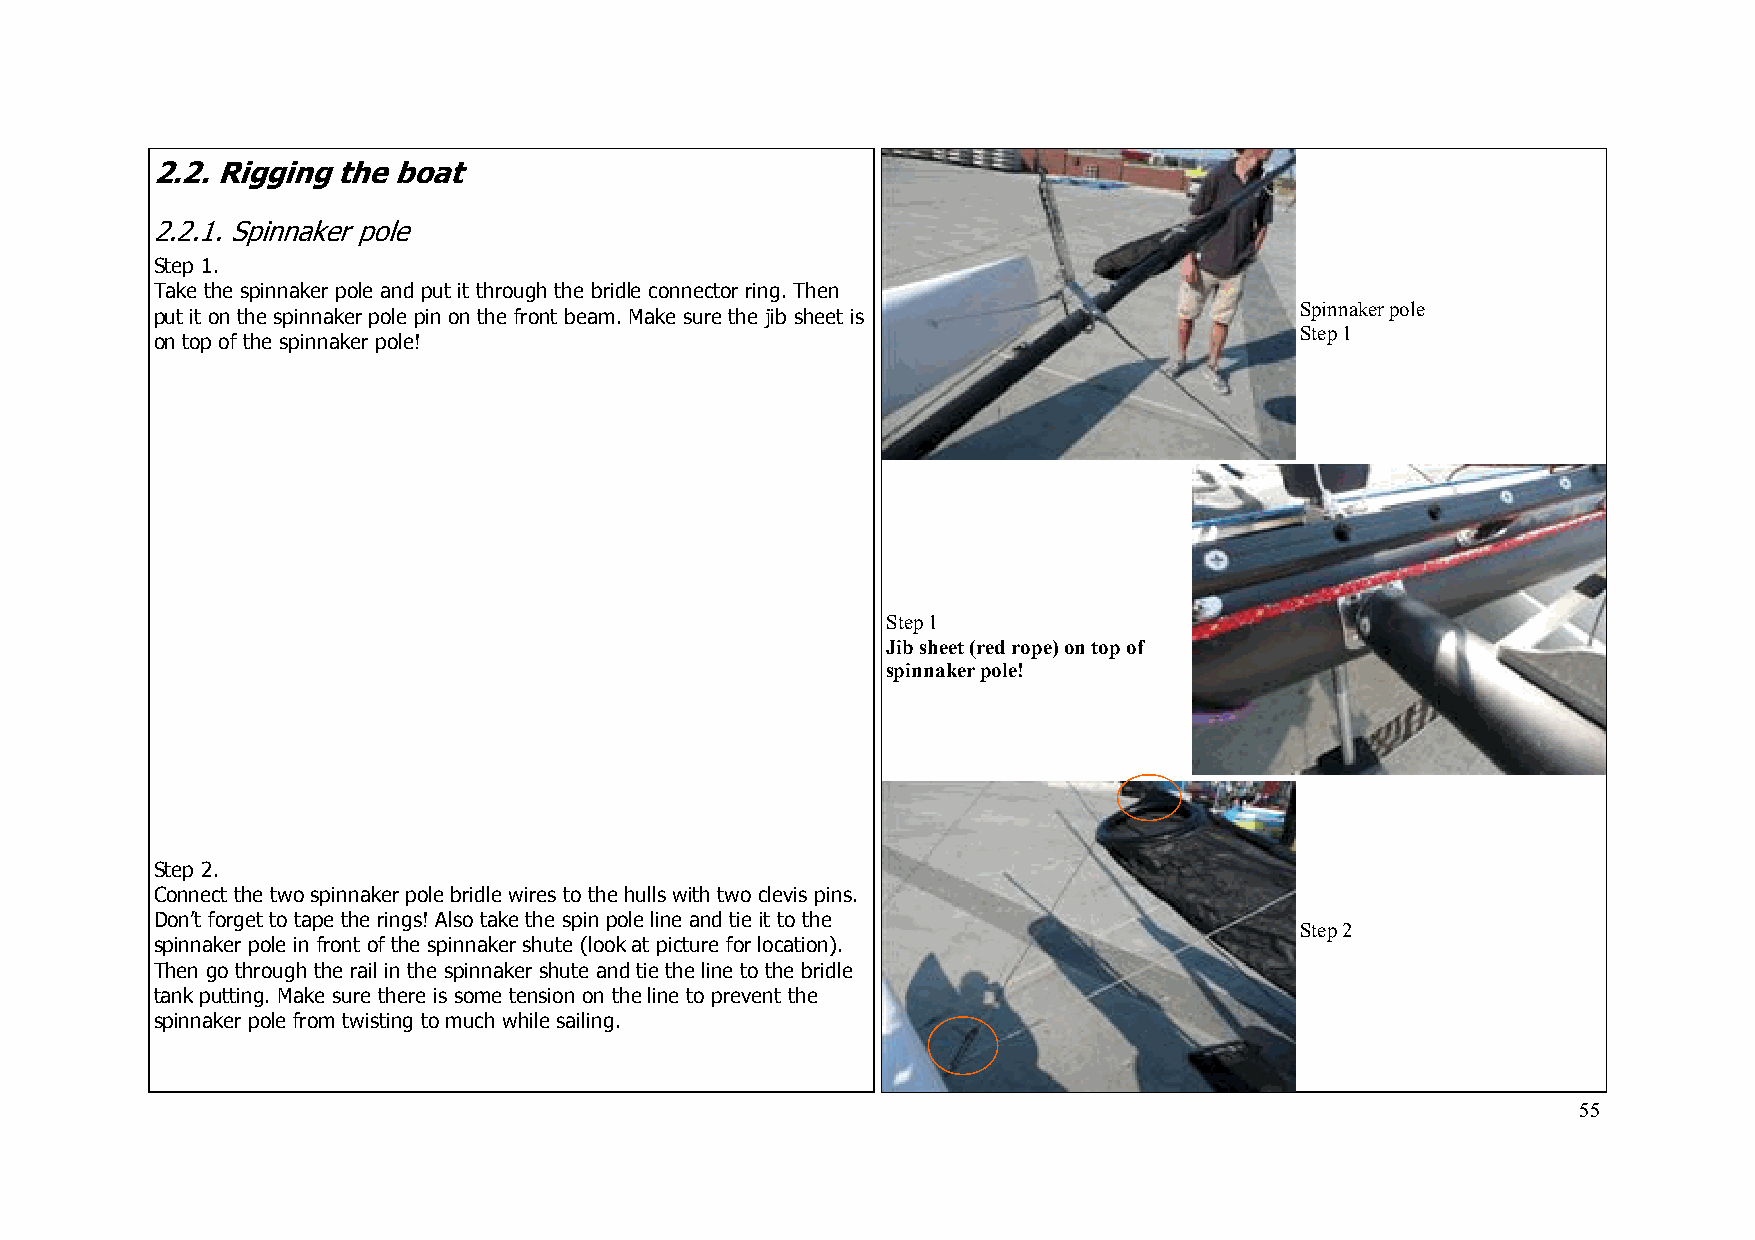
2 .2. Rigging the boat
 2.2.1. Spinnaker pole
 Step 1.
 Take the spinnaker pole and put it through the bridle connector ring. Then
 Spinnaker pole
 put it on the spinnaker pole pin on the front beam. Make sure the jib sheet is
 Step 1
 on top of the spinnaker pole!
 Step 1
 Jib sheet (red rope) on top of
 spinnaker pole!
 Step 2.
 Connect the two spinnaker pole bridle wires to the hulls with two clevis pins.
 Don’t forget to tape the rings! Also take the spin pole line and tie it to the
 Step 2
 spinnaker pole in front of the spinnaker shute (look at picture for location).
 Then go through the rail in the spinnaker shute and tie the line to the bridle
 tank putting. Make sure there is some tension on the line to prevent the
 spinnaker pole from twisting to much while sailing.
 55